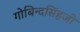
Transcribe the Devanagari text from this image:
गोबिन्दसिंहजी